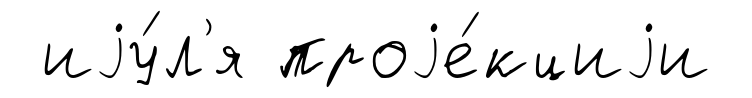
иjу́л'я проjе́кциjи